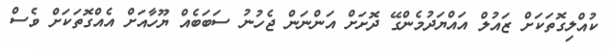
ކުއްލިގޮތަކަށް ޒައުލް އައްޔަދުމެންގޭ ދޮށަށް އަންނަން ޖެހުނު ސަބަބެއް ޔޫހާއަށް އެއްގޮތަކަށް ވެސް